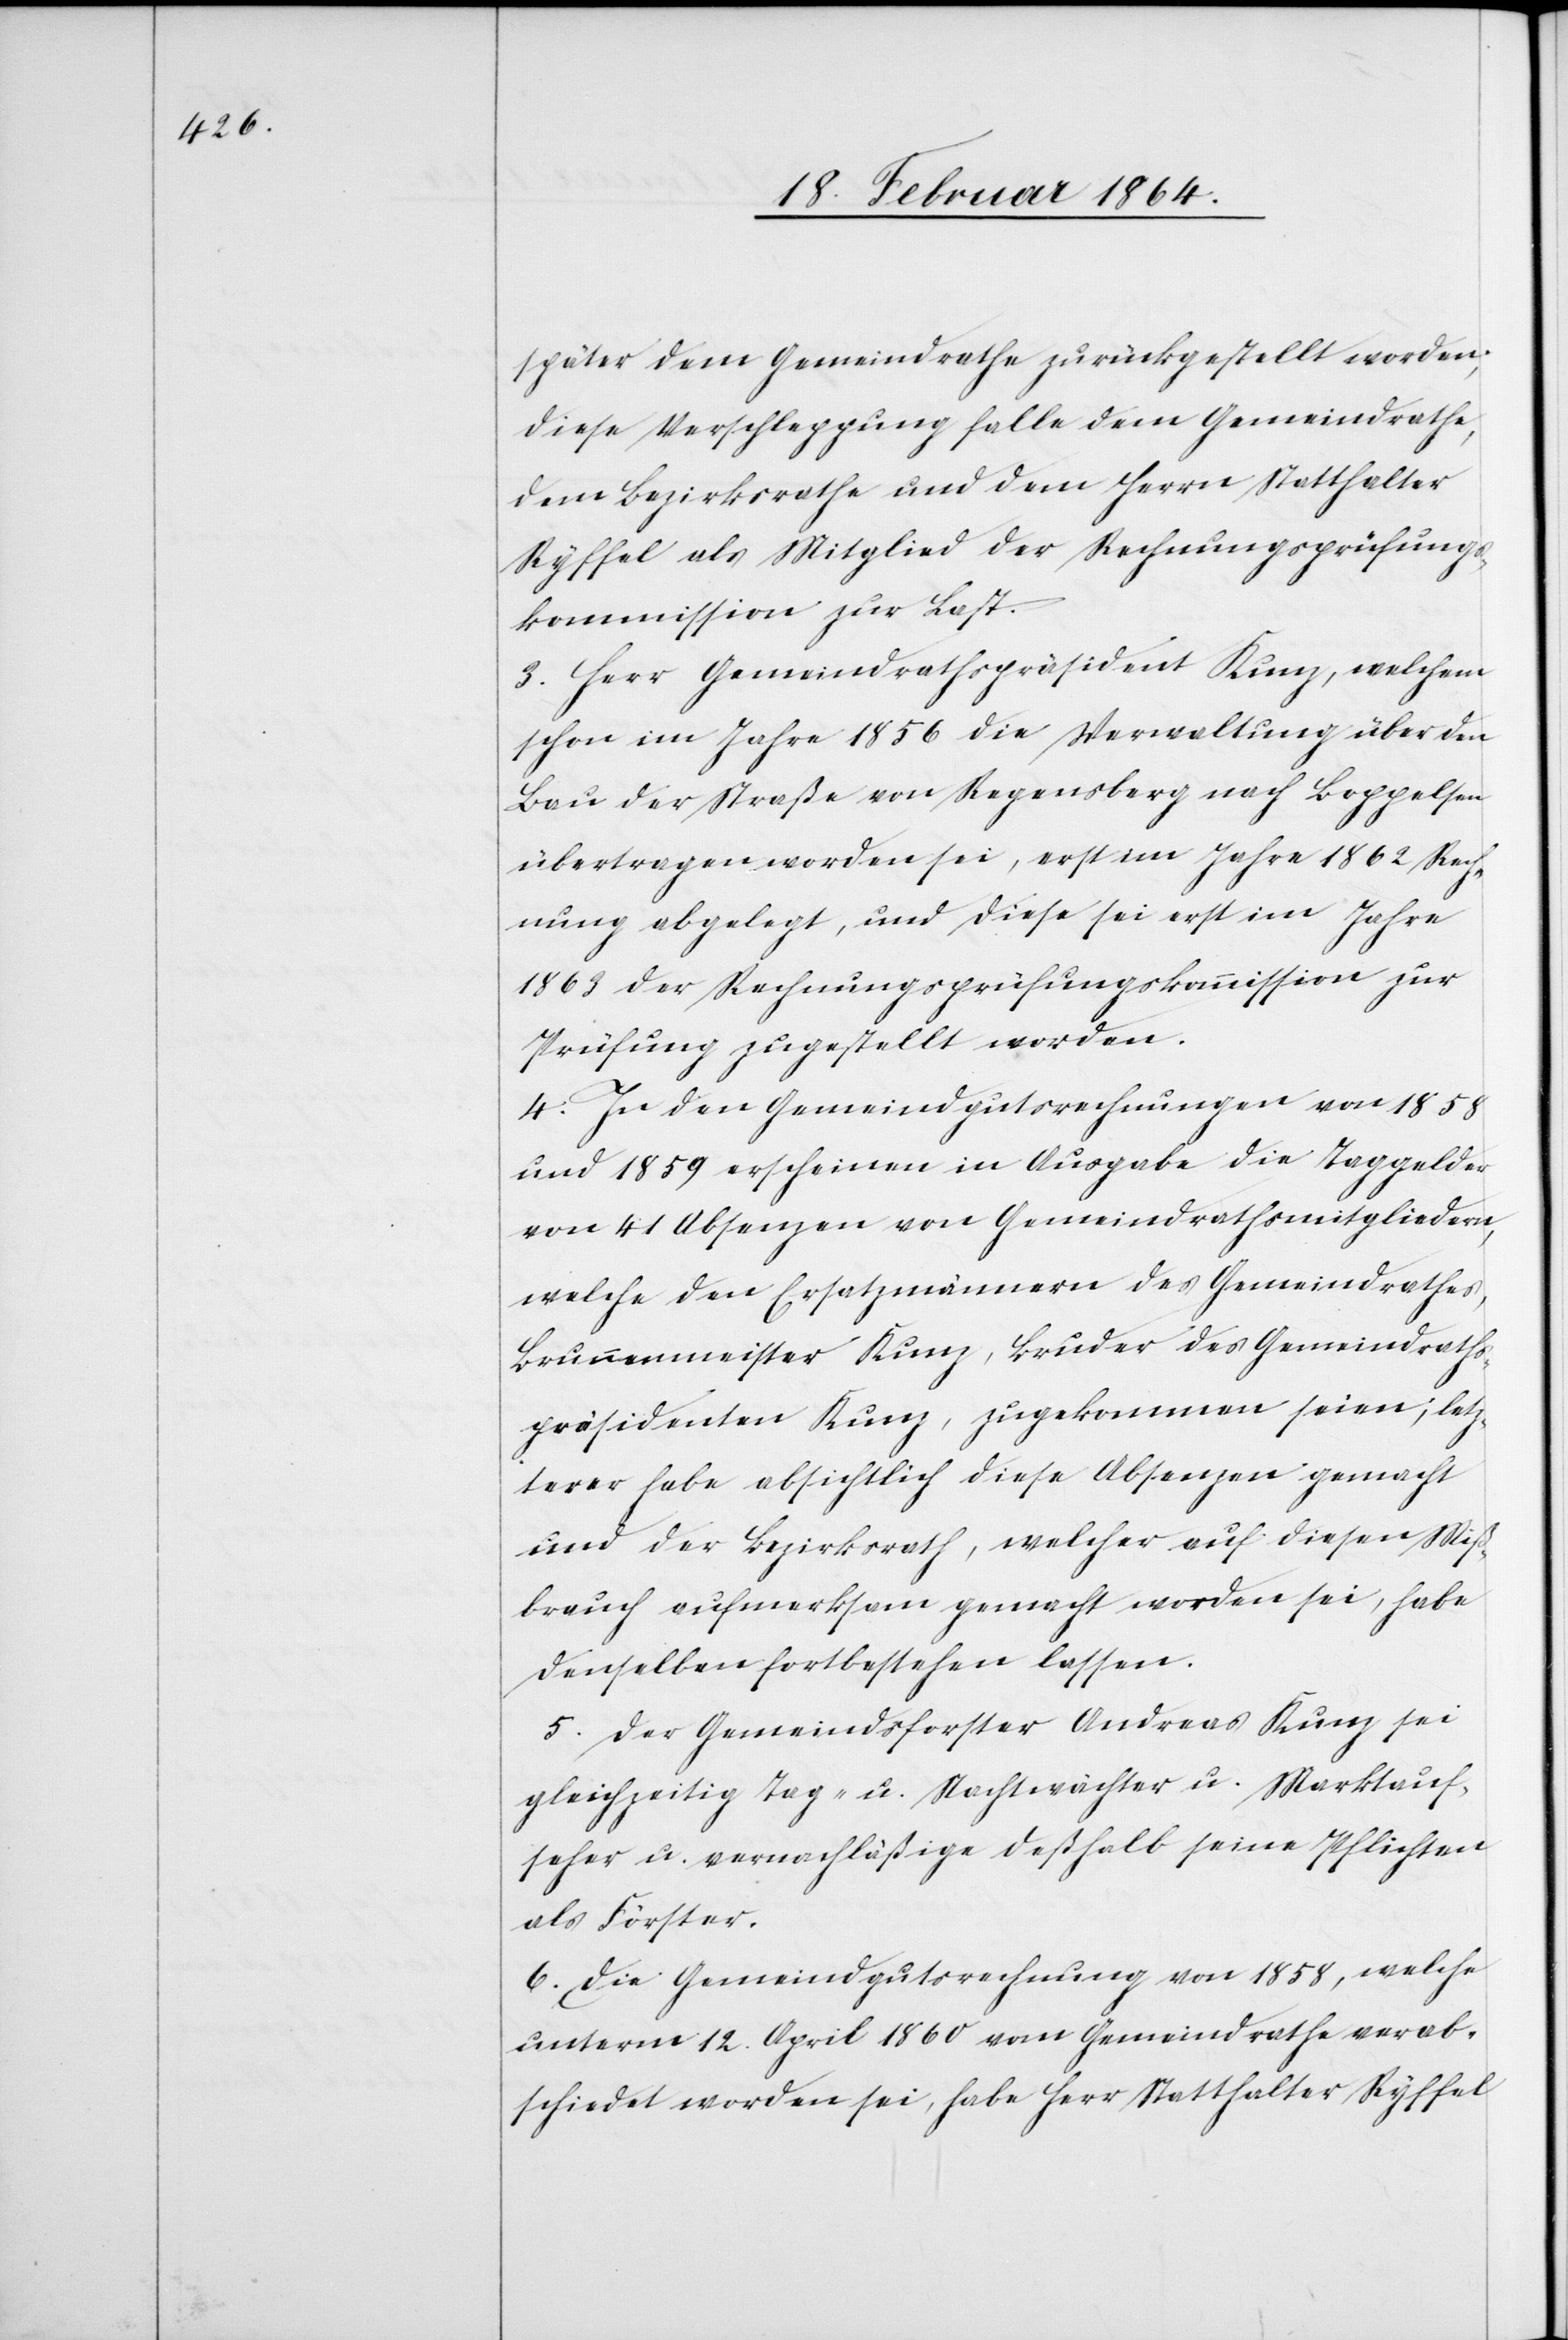
später dem Gemeindrathe zurückgestellt worden;
diese Verschleppung falle dem Gemeindrathe,
dem Bezirksrathe und dem Herrn Statthalter
Ryffel als Mitglied der Rechnungsprüfungs¬
kommission zur Last.
3. Herr Gemeindrathspräsident Kunz, welchem
schon im Jahre 1856 die Verwaltung über den
Bau der Straße von Regensberg nach Boppelsen
übertragen worden sei, erst im Jahre 1862 Rech¬
nung abgelegt, und diese sei erst im Jahre
1863 der Rechnungsprüfungskommission zur
Prüfung zugestellt worden.
4. In den Gemeindgutsrechnungen von 1858
und 1859 erscheinen in Ausgabe die Taggelder
von 41 Absenzen von Gemeindrathsmitgliedern,
welche den Ersatzmännern des Gemeindrathes,
Brunnenmeister Kunz, Bruder des Gemeindsraths¬
präsidenten Kunz, zugekommen seien; letz¬
terer habe absichtlich diese Absenzen gemacht
und der Bezirksrath, welcher auf diesen Miß¬
brauch aufmerksam gemacht worden sei, habe
denselben fortbestehen lassen.
5. Der Gemeindsforster Andreas Kunz sei
gleichzeitig Tag- u. Nachtwächter u. Marktauf¬
seher u. vernachläßige deßhalb seine Pflichten
als Förster.
6. Die Gemeindgutsrechnung von 1858, welche
unterm 12. April 1860 vom Gemeindrath verab¬
schiedet worden sei, habe Herr Statthalter Ryffel